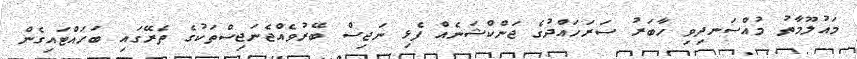
މައުލޫމާތު މުއްސަނދިވި ހާބަރު ސަރަހައްދުގެ ޖަންކްޝަނެއް ފެޅި ނަޖިސް ބޭރުވެއްޖެނަޖިސްތަކުގެ ތެރޭގައި ބަހައްޓައިގެން